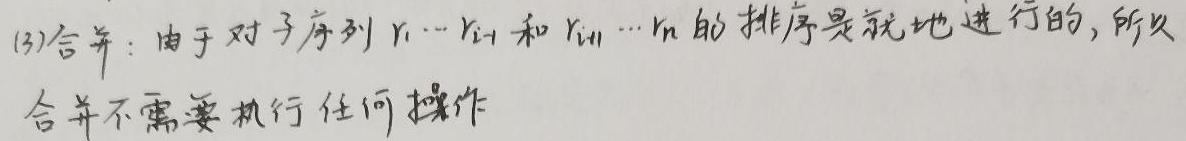
(3)合并：由于对子序列$r_1\cdots r_{i-1}$和$r_{i+1}\cdots r_n$的排序是就地进行的,所以合并不需要执行任何操作